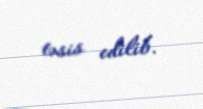
təsis edilib.